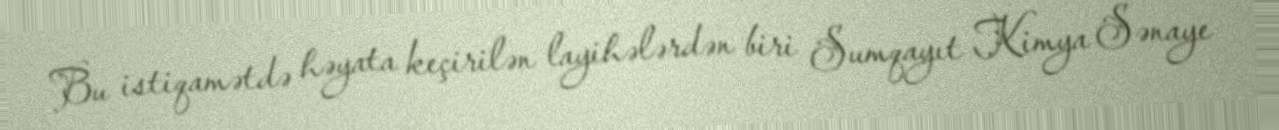
Bu istiqamətdə həyata keçirilən layihələrdən biri Sumqayıt Kimya Sənaye